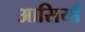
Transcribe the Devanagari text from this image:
आसियाँ